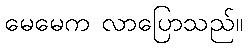
မေမေက လာပြောသည်။